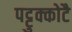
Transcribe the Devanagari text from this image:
पट्टुक्कोटै